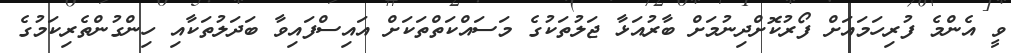
ވީ އެންމެ ފުރިހަމައަށް ފޯރުކޮށްދިނުމަށް ބާރުއަޅާ ޖަލުތަކުގެ މަސައްކަތްތަކަށް އައިސްފައިވާ ބަދަލުތަކާއި ހިންގުންތެރިކަމުގެ